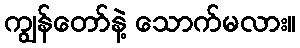
ကျွန်တော်နဲ့ သောက်မလား။